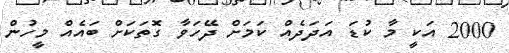
2000 އަކީ މާ ކުޑަ އަދަދެއް ކަމަށް ދޭހަވާ ގޮތަކަށް ބައެއް މީހުން